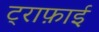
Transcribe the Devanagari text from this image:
ट्राफ़ाई